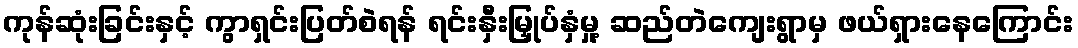
ကုန်ဆုံးခြင်းနှင့် ကွာရှင်းပြတ်စဲရန် ရင်းနှီးမြှုပ်နှံမှု့ ဆည်တဲကျေးရွာမှ ဖယ်ရှားနေကြောင်း